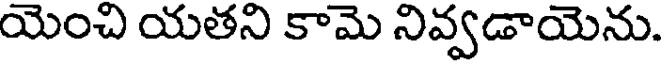
యెంచి యతని కామె నివ్వడాయెను.